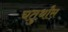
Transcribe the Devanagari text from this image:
चतुर्थांस